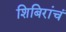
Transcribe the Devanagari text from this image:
शिबिरांचं